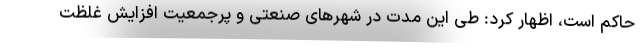
حاکم است، اظهار کرد: طی این مدت در شهرهای صنعتی و پرجمعیت افزایش غلظت